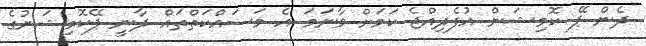
ދެން ޕޭ ކޮމިޝަން އުފެދިއްޖެ ކަމަށް ވާނަމަ އެ މަސައްކަތްތައް ދާނީ ޕޭކޮމިޝަނުގެ